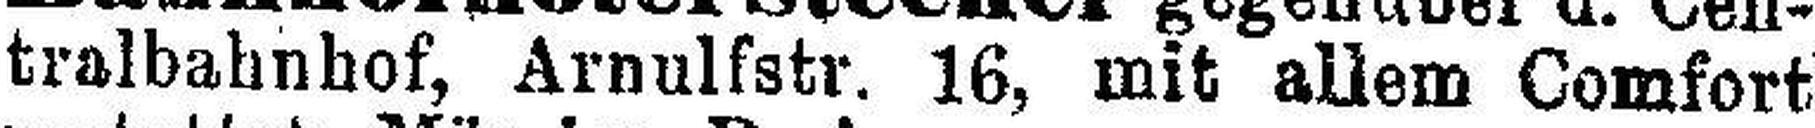
tralbahnhof, Arnulfstr. 16, mit allem Comfort